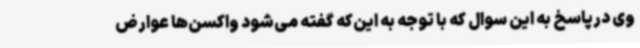
وی درپاسخ به این سوال که با توجه به این‌که گفته می‌شود واکسن‌ها عوارض